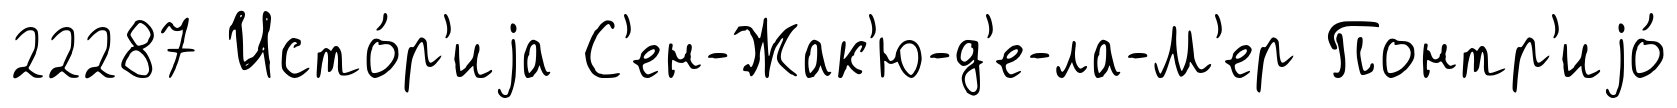
22287 Исто́р'иjа С'ен-Жак'ю-д'е-ла-М'ер Понтр'иjо́